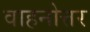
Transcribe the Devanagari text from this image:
वाहनोत्तर